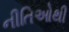
નીતિઓથી